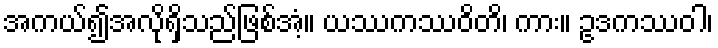
အကယ်၍အလိုရှိသည်ဖြစ်အံ့။ ယဿကဿဝိတိ၊ ကား။ ဥဒကဿဝါ၊